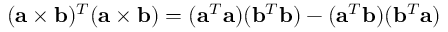
( \mathbf { a } \times \mathbf { b } ) ^ { T } ( \mathbf { a } \times \mathbf { b } ) = ( \mathbf { a } ^ { T } \mathbf { a } ) ( \mathbf { b } ^ { T } \mathbf { b } ) - ( \mathbf { a } ^ { T } \mathbf { b } ) ( \mathbf { b } ^ { T } \mathbf { a } )